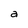
Character: a